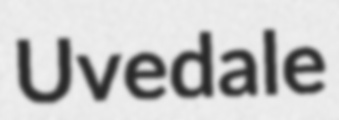
Uvedale